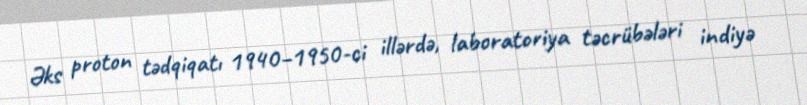
Əks proton tədqiqatı 1940–1950-ci illərdə, laboratoriya təcrübələri indiyə